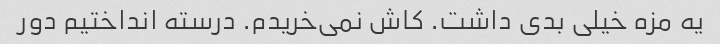
یه مزه خیلی بدی داشت. کاش نمی‌خریدم. درسته انداختیم دور